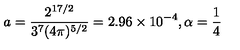
a = \frac { 2 ^ { 1 7 / 2 } } { 3 ^ { 7 } ( 4 \pi ) ^ { 5 / 2 } } = 2 . 9 6 \times 1 0 ^ { - 4 } , \alpha = \frac { 1 } { 4 }